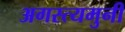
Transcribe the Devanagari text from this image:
अगस्त्यमुनी